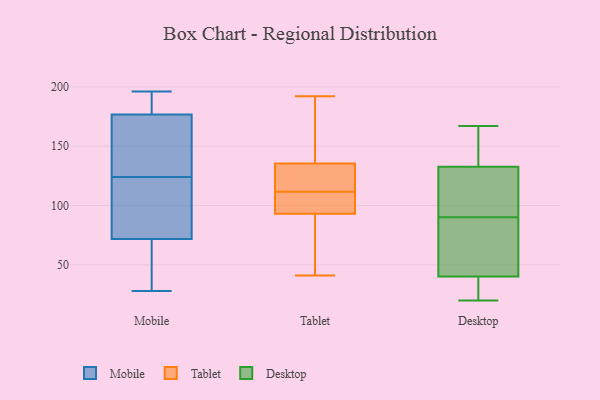
{"axis": {"x": "Shipments", "y": "Value"}, "legend": ["Desktop", "Mobile", "Tablet"], "data": [{"x": "", "y": 55, "type": "Mobile"}, {"x": "", "y": 164, "type": "Mobile"}, {"x": "", "y": 107, "type": "Mobile"}, {"x": "", "y": 65, "type": "Mobile"}, {"x": "", "y": 173, "type": "Mobile"}, {"x": "", "y": 135, "type": "Mobile"}, {"x": "", "y": 28, "type": "Mobile"}, {"x": "", "y": 192, "type": "Mobile"}, {"x": "", "y": 92, "type": "Mobile"}, {"x": "", "y": 180, "type": "Mobile"}, {"x": "", "y": 42, "type": "Mobile"}, {"x": "", "y": 178, "type": "Mobile"}, {"x": "", "y": 42, "type": "Mobile"}, {"x": "", "y": 124, "type": "Mobile"}, {"x": "", "y": 196, "type": "Mobile"}, {"x": "", "y": 164, "type": "Mobile"}, {"x": "", "y": 102, "type": "Mobile"}, {"x": "", "y": 122, "type": "Mobile"}, {"x": "", "y": 195, "type": "Mobile"}, {"x": "", "y": 151, "type": "Tablet"}, {"x": "", "y": 92, "type": "Tablet"}, {"x": "", "y": 132, "type": "Tablet"}, {"x": "", "y": 41, "type": "Tablet"}, {"x": "", "y": 94, "type": "Tablet"}, {"x": "", "y": 128, "type": "Tablet"}, {"x": "", "y": 109, "type": "Tablet"}, {"x": "", "y": 192, "type": "Tablet"}, {"x": "", "y": 139, "type": "Tablet"}, {"x": "", "y": 42, "type": "Tablet"}, {"x": "", "y": 99, "type": "Tablet"}, {"x": "", "y": 114, "type": "Tablet"}, {"x": "", "y": 64, "type": "Desktop"}, {"x": "", "y": 27, "type": "Desktop"}, {"x": "", "y": 21, "type": "Desktop"}, {"x": "", "y": 158, "type": "Desktop"}, {"x": "", "y": 151, "type": "Desktop"}, {"x": "", "y": 138, "type": "Desktop"}, {"x": "", "y": 22, "type": "Desktop"}, {"x": "", "y": 65, "type": "Desktop"}, {"x": "", "y": 38, "type": "Desktop"}, {"x": "", "y": 47, "type": "Desktop"}, {"x": "", "y": 63, "type": "Desktop"}, {"x": "", "y": 90, "type": "Desktop"}, {"x": "", "y": 117, "type": "Desktop"}, {"x": "", "y": 115, "type": "Desktop"}, {"x": "", "y": 166, "type": "Desktop"}, {"x": "", "y": 93, "type": "Desktop"}, {"x": "", "y": 167, "type": "Desktop"}, {"x": "", "y": 20, "type": "Desktop"}, {"x": "", "y": 94, "type": "Desktop"}]}